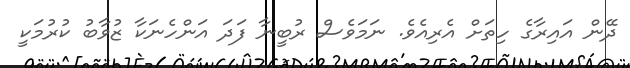
ދޭން އައިރާގެ ހިތަށް އެރިއެވެ. ނަމަވެސް ރުބީނާ ފަދަ އަންހެނަކާ ޒުވާބު ކުރުމަކީ